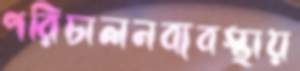
পরিচালনব্যবস্থায়